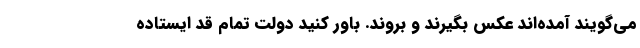
می‌گویند آمده‌اند عکس بگیرند و بروند. باور کنید دولت تمام قد ایستاده